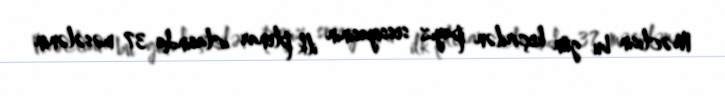
Məclisin bu gün keçirilən payız sessiyasının ilk plenar iclasında 37 məsələnin